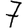
Digit: 7